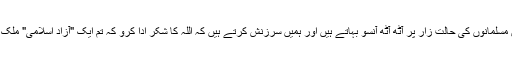
اور وہ ہندوستان میں مسلمانوں کی حالت زار پر آٹھ آٹھ آنسو بہاتے ہیں اور ہمیں سرزنش کرتے ہیں کہ اللہ کا شکر ادا کرو کہ تم ایک "آزاد اسلامی" ملک کے رہنے والے ہو۔